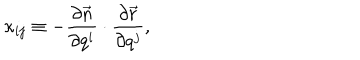
\kappa _ { i j } \equiv - \frac { \partial \vec { n } } { \partial q ^ { i } } \cdot \frac { \partial \vec { r } } { \partial q ^ { j } } ,